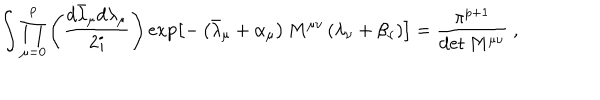
\int \prod _ { \mu = 0 } ^ { p } \left( \frac { d \bar { \lambda } _ { \mu } d \lambda _ { \mu } } { 2 i } \right) \exp \left[ - \left( \bar { \lambda } _ { \mu } + \alpha _ { \mu } \right) M ^ { \mu \nu } \left( \lambda _ { \nu } + \beta _ { \nu } \right) \right] = \frac { \pi ^ { p + 1 } } { \det M ^ { \mu \nu } } ~ ,